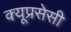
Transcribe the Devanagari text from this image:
क्यूप्रसेसी